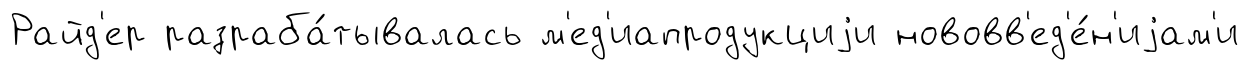
Райд'ер разраба́тывалась м'ед'иапродукциjи нововв'ед'е́н'иjам'и